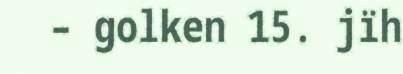
– golken 15. jïh